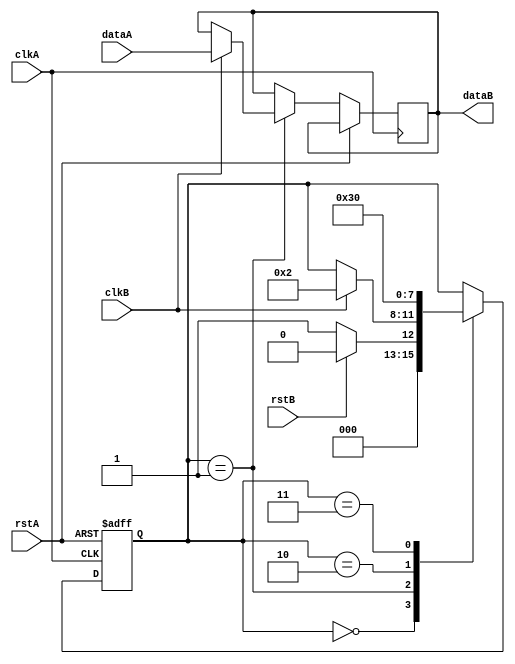
module BurstSynchronizer (
    input wire clkA,
    input wire rstA,
    input wire dataA,
    output reg dataB,
    input wire clkB,
    input wire rstB
);

reg [3:0] state;

always @(posedge clkA or posedge rstA) begin
    if (rstA) begin
        state <= 4'b0000;
    end else begin
        case (state)
            4'b0000: begin
                if (rstB) begin
                    state <= 4'b0000;
                end else begin
                    state <= 4'b0001;
                end
            end
            4'b0001: begin
                if (clkB) begin
                    dataB <= dataA;
                    state <= 4'b0010;
                end
            end
            4'b0010: begin
                state <= 4'b0011;
            end
            4'b0011: begin
                state <= 4'b0000;
            end
        endcase
    end
end

endmodule